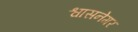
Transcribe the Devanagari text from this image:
श्वासनेगर